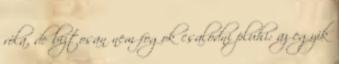
róla, de biztosan nem fogok csalódni pluhi: az egyik